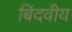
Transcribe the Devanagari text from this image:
बिंदवीय